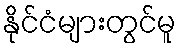
နိုင်ငံများတွင်မူ